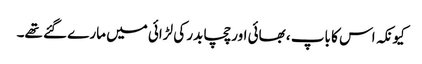
کیونکہ اس کا باپ ، بھائی اور چچا بدر کی لڑائی میں مارے گئے تھے۔